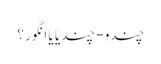
چندو - چندیا یا انگور ؟